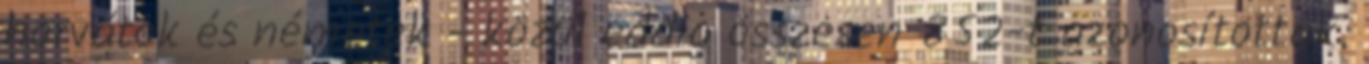
horvátok és németek - közül eddig összesen 852-t azonosítottak.